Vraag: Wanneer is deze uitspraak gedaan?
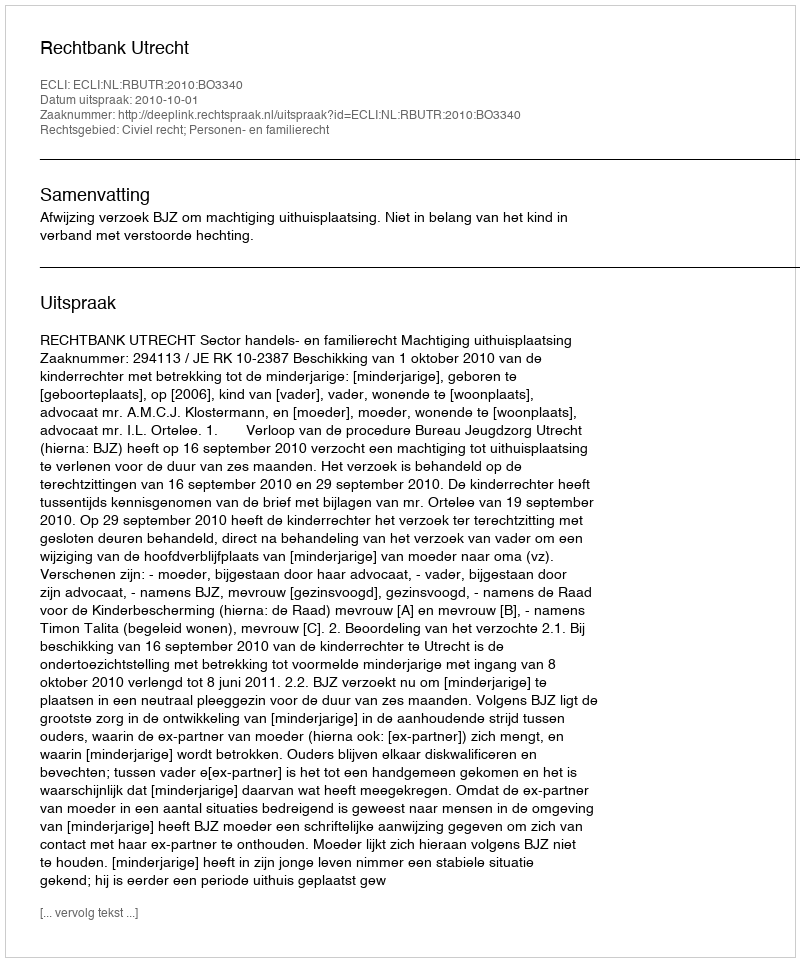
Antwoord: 2010-10-01